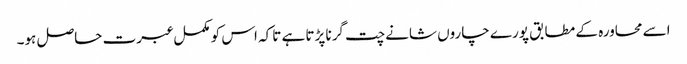
اسے محاورہ کے مطابق پورے چاروں شانے چت گرنا پڑتا ہے تاکہ اس کو مکمل عبرت حاصل ہو۔